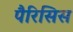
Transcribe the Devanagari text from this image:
पैरिसिस